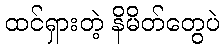
ထင်ရှားတဲ့ နိမိတ်တွေပဲ